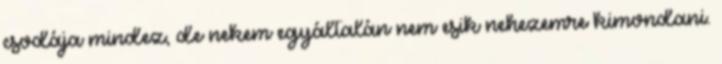
csodája mindez, de nekem egyáltalán nem esik nehezemre kimondani.